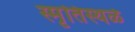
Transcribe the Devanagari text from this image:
स्मृतिस्थळे